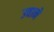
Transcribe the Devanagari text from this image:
उबाने